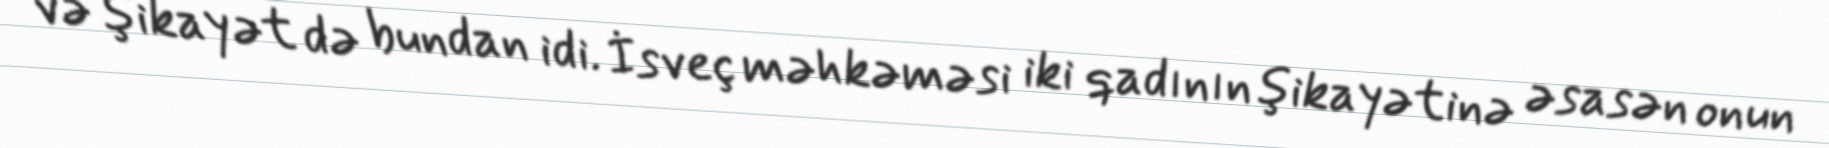
və şikayət də bundan idi. İsveç məhkəməsi iki qadının şikayətinə əsasən onun